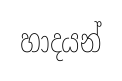
හාදයන්